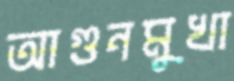
আগুনমুখা